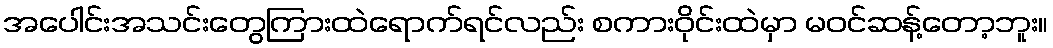
အပေါင်းအသင်းတွေကြားထဲရောက်ရင်လည်း စကားဝိုင်းထဲမှာ မဝင်ဆန့်တော့ဘူး။